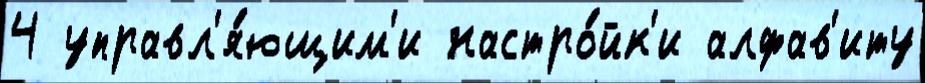
4 управл'я́ющим'и настро́йк'и алфав'иту